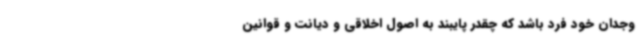
وجدان خود فرد باشد که چقدر پایبند به اصول اخلاقی و دیانت و قوانین